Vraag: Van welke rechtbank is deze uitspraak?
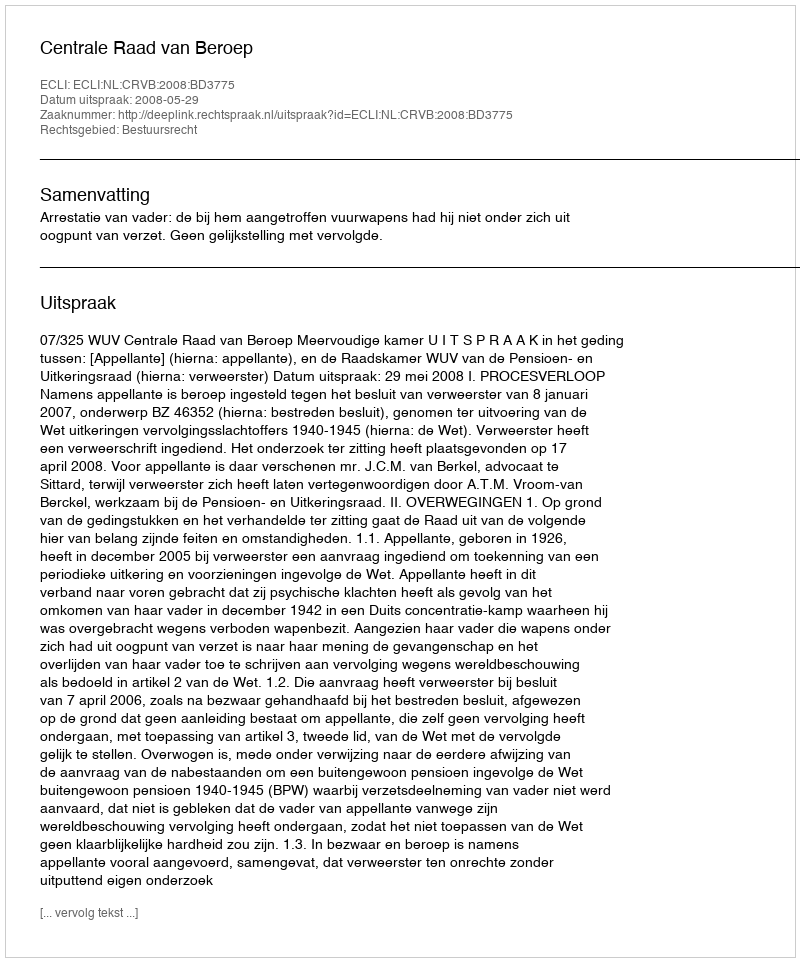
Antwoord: Centrale Raad van Beroep